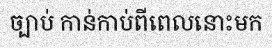
ច្បាប់ កាន់កាប់ពីពេលនោះមក